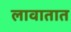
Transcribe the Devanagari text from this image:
लावातात